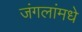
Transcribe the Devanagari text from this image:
जंगलांमधे